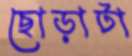
ছোড়াটা